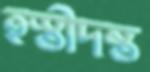
হস্তীদন্ত